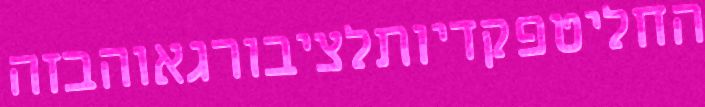
החליטפקדיותלציבורגאוהבזה